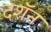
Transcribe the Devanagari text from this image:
दशॅन